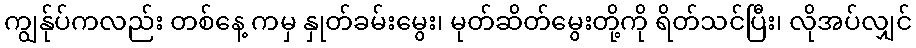
ကျွန်ုပ်ကလည်း တစ်နေ့ ကမှ နှုတ်ခမ်းမွေး၊ မုတ်ဆိတ်မွေးတို့ကို ရိတ်သင်ပြီး၊ လိုအပ်လျှင်